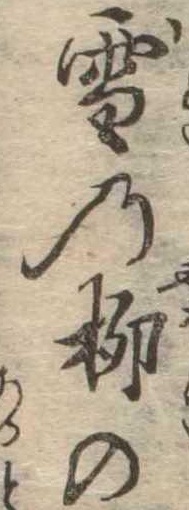
雪の柳の